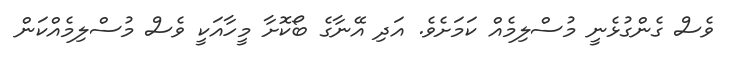
ވެސް ގެންގުޅެނީ މުސްލިމެއް ކަމަށެވެ. އަދި އޭނާގެ ބޯކޮށާ މީހާއަކީ ވެސް މުސްލިމެއްކަން